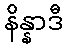
နိန္နာဒီ